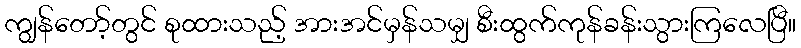
ကျွန်တော့်တွင် စုထားသည့် အားအင်မှန်သမျှ စီးထွက်ကုန်ခန်းသွားကြလေပြီ။